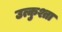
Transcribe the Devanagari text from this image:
उत्कुश्ता